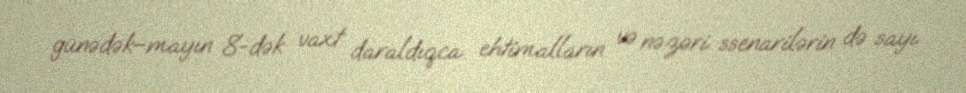
günədək–mayın 8-dək vaxt daraldıqca ehtimalların və nəzəri ssenarilərin də sayı